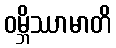
ဝမ္ဘိဿာမာတိ